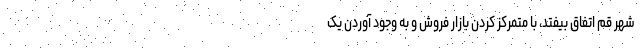
شهر قم اتفاق بیفتد، با متمرکز کردن بازار فروش و به ‌وجود آوردن یک